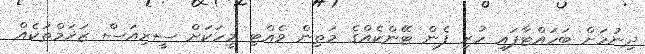
ދިނުމަށް ބަހައްޓާފައި ހުރި ފެން ޓޭންކެއްގެ މަތިން ވެއްޓި މީހަކަށް ސީރިއަސް ޒަޚަމްތަކެއް